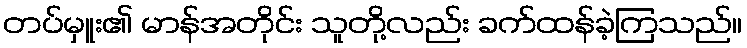
တပ်မှူး၏ မာန်အတိုင်း သူတို့လည်း ခက်ထန်ခဲ့ကြသည်။